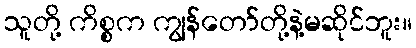
သူတို့ ကိစ္စက ကျွန်တော်တို့နဲ့မဆိုင်ဘူး။